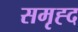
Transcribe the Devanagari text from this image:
समृह्द